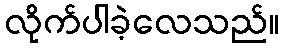
လိုက်ပါခဲ့လေသည်။